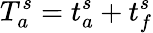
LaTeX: T_{a}^{s}=t_{a}^{s}+t_{f}^{s}